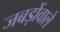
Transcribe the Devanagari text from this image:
जबड़ोंवाले